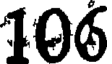
106